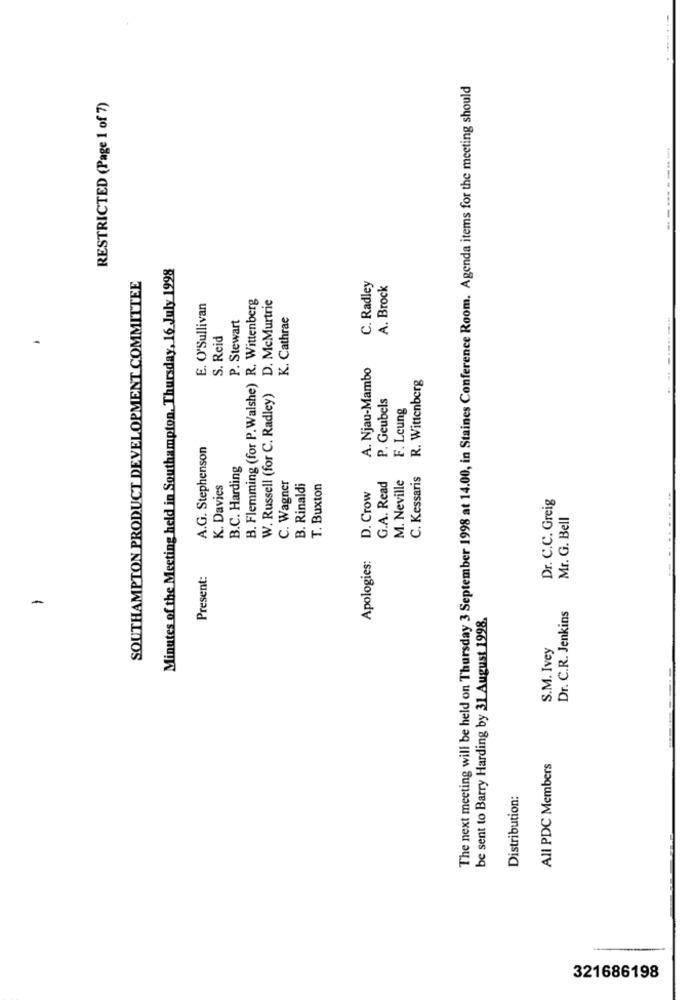
The next meeting will be held on Thursday 3 September 1998 at 14.00, in Staines Conference Room. Agenda items for the meeting should
RESTRICTED (Page 1 of 7)
Minutes of the Meeting held in Southampton, Thursday, 16 July 1998
SOUTHAMPTON PRODUCT DEVELOPMENT COMMITTEE
C. Radley
A. Brock
B. Flemming (for P.Walshe) R. Wittenberg
E. O'Sullivan
D. McMurtrie
P. Stewart
K. Cathrae
S. Reid
-
A. Njau-Mambo
R. Wittenberg
W. Russell (for C. Radley)
P. Geubels
F. Leung
A.G. Stephenson
B.C. Harding
G.A. Read
M. Neville
C. Kessaris
K. Davies
C. Wagner
B. Rinaldi
T. Buxton
D. Crow
Dr. C.C. Greig
Mr. G. Bell
Apologies:
Present:
-
be sent to Barry Harding by 31 August 1998.
Dr. C.R. Jenkins
S.M. Ivey
All PDC Members
Distribution:
321686198